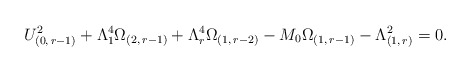
\begin{align*}U_{(0,\, r-1)}^{2}+\Lambda _{1}^{4}\Omega_{(2,\, r-1)}+\Lambda _{r}^{4}\Omega_{(1,\, r-2)}-M_{0}\Omega_{(1,\, r-1)}- \Lambda _{(1,\, r)}^{2}=0.\end{align*}